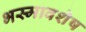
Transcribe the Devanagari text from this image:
भस्मावशेष